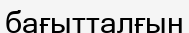
бағытталғын